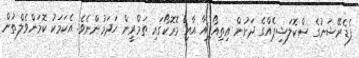
ފެޑެރޭޝަނުގެ ސްކޮލަޝިޕެއްގެ ދަށުން އިތިއޯޕިއާ އާއި މޮރޮކޯގައި ތަމްރީން ހަދަމުންނެވެ. އެކަމަކު ކޮމަންވެލްތުން